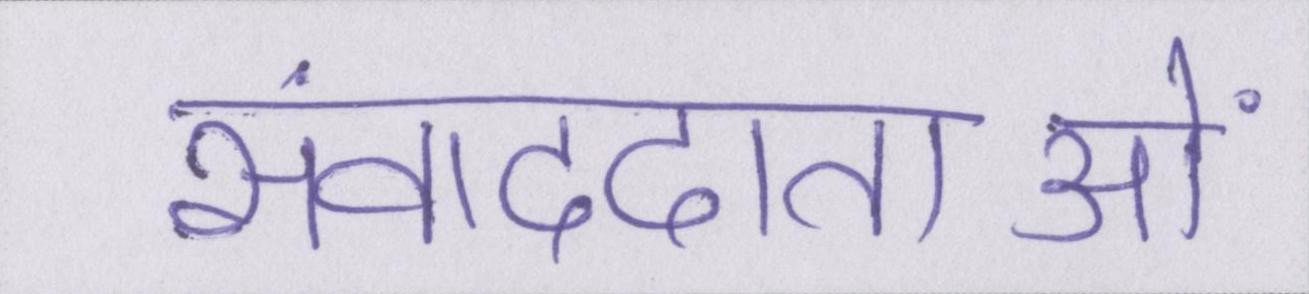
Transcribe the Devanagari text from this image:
संवाददाताओं